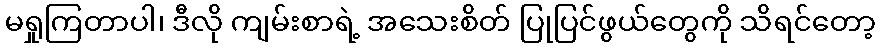
မရှုကြတာပါ၊ ဒီလို ကျမ်းစာရဲ့ အသေးစိတ် ပြုပြင်ဖွယ်တွေကို သိရင်တော့